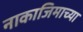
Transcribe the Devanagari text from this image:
नाकाजिमाच्या